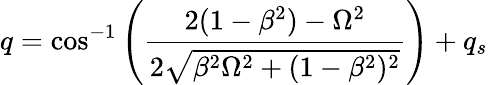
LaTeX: q=\cos^{-1}\left(\frac{2(1-\beta^{2})-\Omega^{2}}{2\sqrt{\beta^{2}\Omega^{2}+(1-\beta^{2})^{2}}}\right)+q_{s}